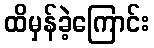
ထိမှန်ခဲ့ကြောင်း